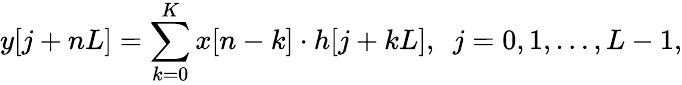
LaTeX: y[j+nL]=\sum_{k=0}^{K}x[n-k]\cdot h[j+kL],\ \ j=0,1,\ldots,L-1,